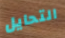
التحايل